Source: Handwritten
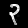
Digit: ၃ (3)